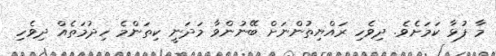
މާ ފުޅާ ކަމަށެވެ. ދިވެހި ރައްޔިތުންނަށް ބޭނުންވާ މަދަނީ ކިތަންމެ ހިދުމަތެއް ދިވެހި